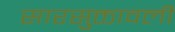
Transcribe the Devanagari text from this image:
सारसुक्तावली